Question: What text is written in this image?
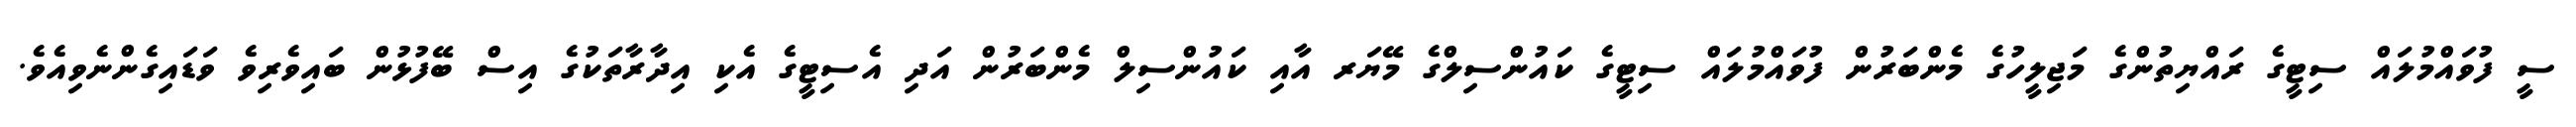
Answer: ސީ ފުވައްމުލައް ސިޓީގެ ރައްޔިތުންގެ މަޖިލީހުގެ މެންބަރުން ފުވައްމުލައް ސިޓީގެ ކައުންސިލްގެ މޭޔަރ އާއި ކައުންސިލް މެންބަރުން އަދި އެސިޓީގެ އެކި އިދާރާތަކުގެ އިސް ބޭފުޅުން ބައިވެރިވެ ވަޑައިގެންނެވިއެވެ.